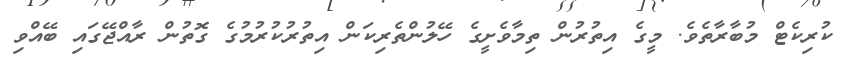
ކުރިކެޓް މުބާރާތެވެ. މީގެ އިތުރުން ތިމާވެށީގެ ހޭލުންތެރިކަން އިތުރުކުރުމުގެ ގޮތުން ރާއްޖޭގައި ބޭއްވި